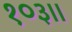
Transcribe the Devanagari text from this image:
१०३।।